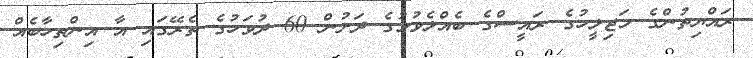
ރައްޔިތުންގެ މަޖިލީހުގެ ރައީސްގެ ބެއްލެވުމުގެ ދަށުން 60 ދުވަހުގެ ތެރޭގައި އާ އިންތިހާބެއް